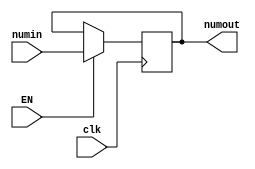
module REG1(clk, EN, numin, numout);
    input [3:0] numin;
    output reg [3:0] numout;
    input EN, clk;

    always @(posedge clk) begin
        if(EN)
            {numout} <= numin;
    end
endmodule

module ROTATOR(clk, Enable, numo, numrotated);
    input clk, Enable;
    output reg [3:0] numrotated;
    input [3:0] numo;

    always @(posedge clk) begin
        if(Enable)
            {numrotated} = {numo[0], numo[3:1]};
    end
endmodule

module MULTIPLIER(op1, op2, product);
    input [3:0] op1, op2;
    output reg [7:0] product;
    reg [3:0] A, M, Q;
    reg C;
    integer count;

    always @(op1 or op2) begin
        M = op1;
        Q = op2;
        A = 4'b0000;
        C = 1'b0;
        count = 4;
        while (count > 0) begin
            if(Q[0])
                {C, A} = A + M;
            {C, A, Q} = {C, A, Q} >> 1;
            count = count - 1;
        end
        product = {A, Q};
    end
endmodule

module DECODER(sel, out);
    input [3:0] sel;
    output  [15:0]  out;
    reg [15:0]  out;

    always  @(sel) begin
        case(sel)
        4'h0: out = 16'h8000;
        4'h1: out = 16'h4000;
        4'h2: out = 16'h2000;
        4'h3: out = 16'h1000;
        4'h4: out = 16'h0800;
        4'h5: out = 16'h0400;
        4'h6: out = 16'h0200;
        4'h7: out = 16'h0100;
        4'h8: out = 16'h0080;
        4'h9: out = 16'h0040;
        4'hA: out = 16'h0020;
        4'hB: out = 16'h0010;
        4'hC: out = 16'h0008;
        4'hD: out = 16'h0004;
        4'hE: out = 16'h0002;
        4'hF: out = 16'h0001;
        endcase
    end
endmodule

module MEMORY(WE, datatowrite, regsel, readdata);
    input WE;
    input [7:0] datatowrite;
    input [15:0] regsel;
    output reg [7:0] readdata;
    reg [7:0] mem [0:15];

    always  @(WE or datatowrite or regsel) begin
        case(regsel)
            16'h8000: begin
                if(WE)
                mem[4'h0] = datatowrite;
                {readdata} = mem[4'h0];
            end
            16'h4000: begin
                if(WE)
                mem[4'h1] = datatowrite;
                {readdata} = mem[4'h1];
            end
            16'h2000: begin
                if(WE)
                mem[4'h2] = datatowrite;
                {readdata} = mem[4'h2];
            end
            16'h1000: begin
                if(WE)
                mem[4'h3] = datatowrite;
                {readdata} = mem[4'h3];
            end
            16'h0800: begin
                if(WE)
                mem[4'h4] = datatowrite;
                {readdata} = mem[4'h4];
            end
            16'h0400: begin
                if(WE)
                mem[4'h5] = datatowrite;
                {readdata} = mem[4'h5];
            end
            16'h0200: begin
                if(WE)
                mem[4'h6] = datatowrite;
                {readdata} = mem[4'h6];
            end
            16'h0100: begin
                if(WE)
                mem[4'h7] = datatowrite;
                {readdata} = mem[4'h7];
            end
            16'h0080: begin
                if(WE)
                mem[4'h8] = datatowrite;
                {readdata} = mem[4'h8];
            end
            16'h0040: begin
                if(WE)
                mem[4'h9] = datatowrite;
                {readdata} = mem[4'h9];
            end
            16'h0020: begin
                if(WE)
                mem[4'hA] = datatowrite;
                {readdata} = mem[4'hA];
            end
            16'h0010: begin
                if(WE)
                mem[4'hB] = datatowrite;
                {readdata} = mem[4'hB];
            end
            16'h0008: begin
                if(WE)
                mem[4'hC] = datatowrite;
                {readdata} = mem[4'hC];
            end
            16'h0004: begin
                if(WE)
                mem[4'hD] = datatowrite;
                {readdata} = mem[4'hD];
            end
            16'h0002: begin
                if(WE)
                mem[4'hE] = datatowrite;
                {readdata} = mem[4'hE];
            end
            16'h0001: begin
                if(WE)
                mem[4'hF] = datatowrite;
                {readdata} = mem[4'hF];
            end
        endcase
    end
endmodule

module DATAPATH(Num, Key, StoredValue);
    input [3:0] Num, Key;
    output  [7:0] StoredValue;
    reg clock, EN, WE;
    reg [3:0] sel;
    wire  [3:0] RegOut, RotOut1, RotOut2;
    wire  [7:0] Encrypt;
    wire  [15:0]  Addr;
    initial begin
        #0  clock = 1'b1; EN = 1'b1; WE = 1'b1; sel = 4'h8;
    end
    always  begin
        #2  clock = ~clock;
    end
    REG1  mod1(clock, EN, Num, RegOut);
    ROTATOR mod2(clock, EN, RegOut, RotOut1);
    ROTATOR mod3(clock, EN, RotOut1, RotOut2);
    MULTIPLIER  mod4(RotOut2, Key, Encrypt);
    DECODER mod5(sel, Addr);
    MEMORY  mod6(WE, Encrypt, Addr, StoredValue);
endmodule

module TESTBENCH;
    reg [3:0] Num, Key;
    wire  [7:0] StoredValue;
    DATAPATH  mod(Num, Key, StoredValue);
    initial begin
        $monitor($time, " Number = %b, Key = %b, StoredValue = %b.", Num, Key, StoredValue);
        #0  Num = 4'b1000;  Key = 4'b1000;
        #20 Num = 4'b1001;  Key = 4'b1000;
        #20 Num = 4'b1100;  Key = 4'b1010;
        #20 Num = 4'b1011;  Key = 4'b1110;
        #50 $finish;
    end
endmodule